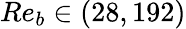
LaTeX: Re_{b}\in(28,192)